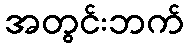
အတွင်းဘက်